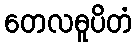
တေလဓူပိတံ